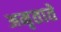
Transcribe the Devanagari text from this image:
अमृताते